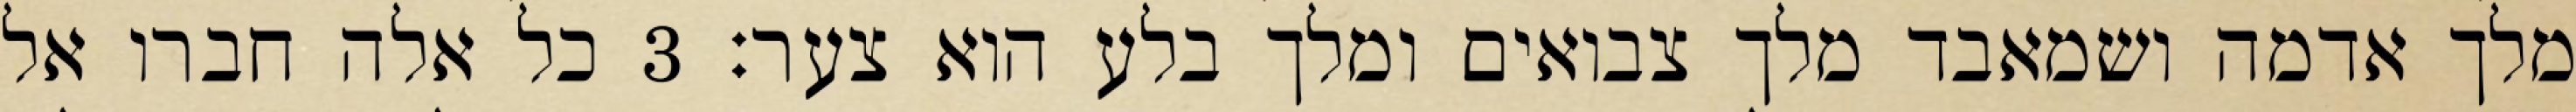
מלך אדמה ושמאבד מלך צבואים ומלך בלע הוא צער׃ ‎3‏ כל אלה חברו אל